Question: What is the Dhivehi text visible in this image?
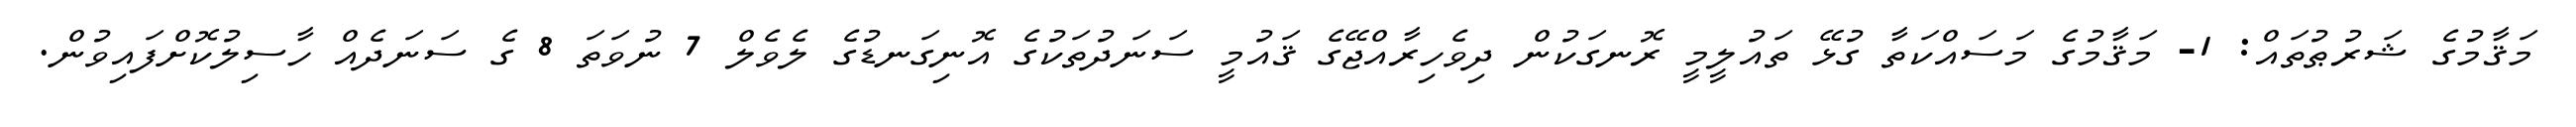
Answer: މަޤާމުގެ ޝަރުޠުތައް: 1- މަޤާމުގެ މަސައްކަތާ ގުޅޭ ތައުލީމީ ރޮނގަކުން ދިވެހިރާއްޖޭގެ ޤައުމީ ސަނަދުތަކުގެ އޮނިގަނޑުގެ ލެވެލް 7 ނުވަތަ 8 ގެ ސަނަދެއް ހާސިލުކޮށްފައިވުން.